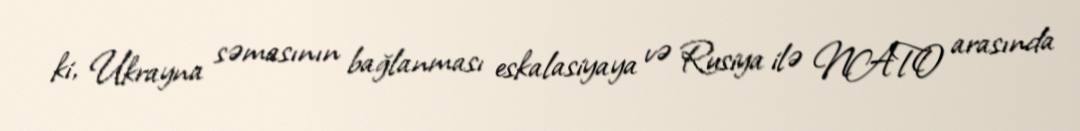
ki, Ukrayna səmasının bağlanması eskalasiyaya və Rusiya ilə NATO arasında